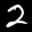
Label: 2